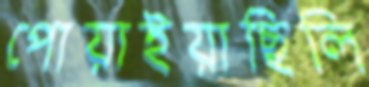
পোয়াইয়াছিলি